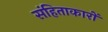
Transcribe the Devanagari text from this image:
संहिताकारों